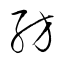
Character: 紡